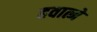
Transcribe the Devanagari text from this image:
हवात्मे